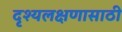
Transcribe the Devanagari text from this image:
दृश्यलक्षणासाठी